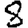
Digit: 8